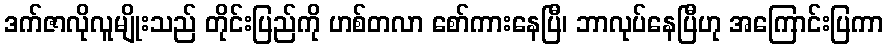
ဒက်ဇာလိုလူမျိုးသည် တိုင်းပြည်ကို ဟစ်တလာ စော်ကားနေပြီ၊ ဘာလုပ်နေပြီဟု အကြောင်းပြကာ